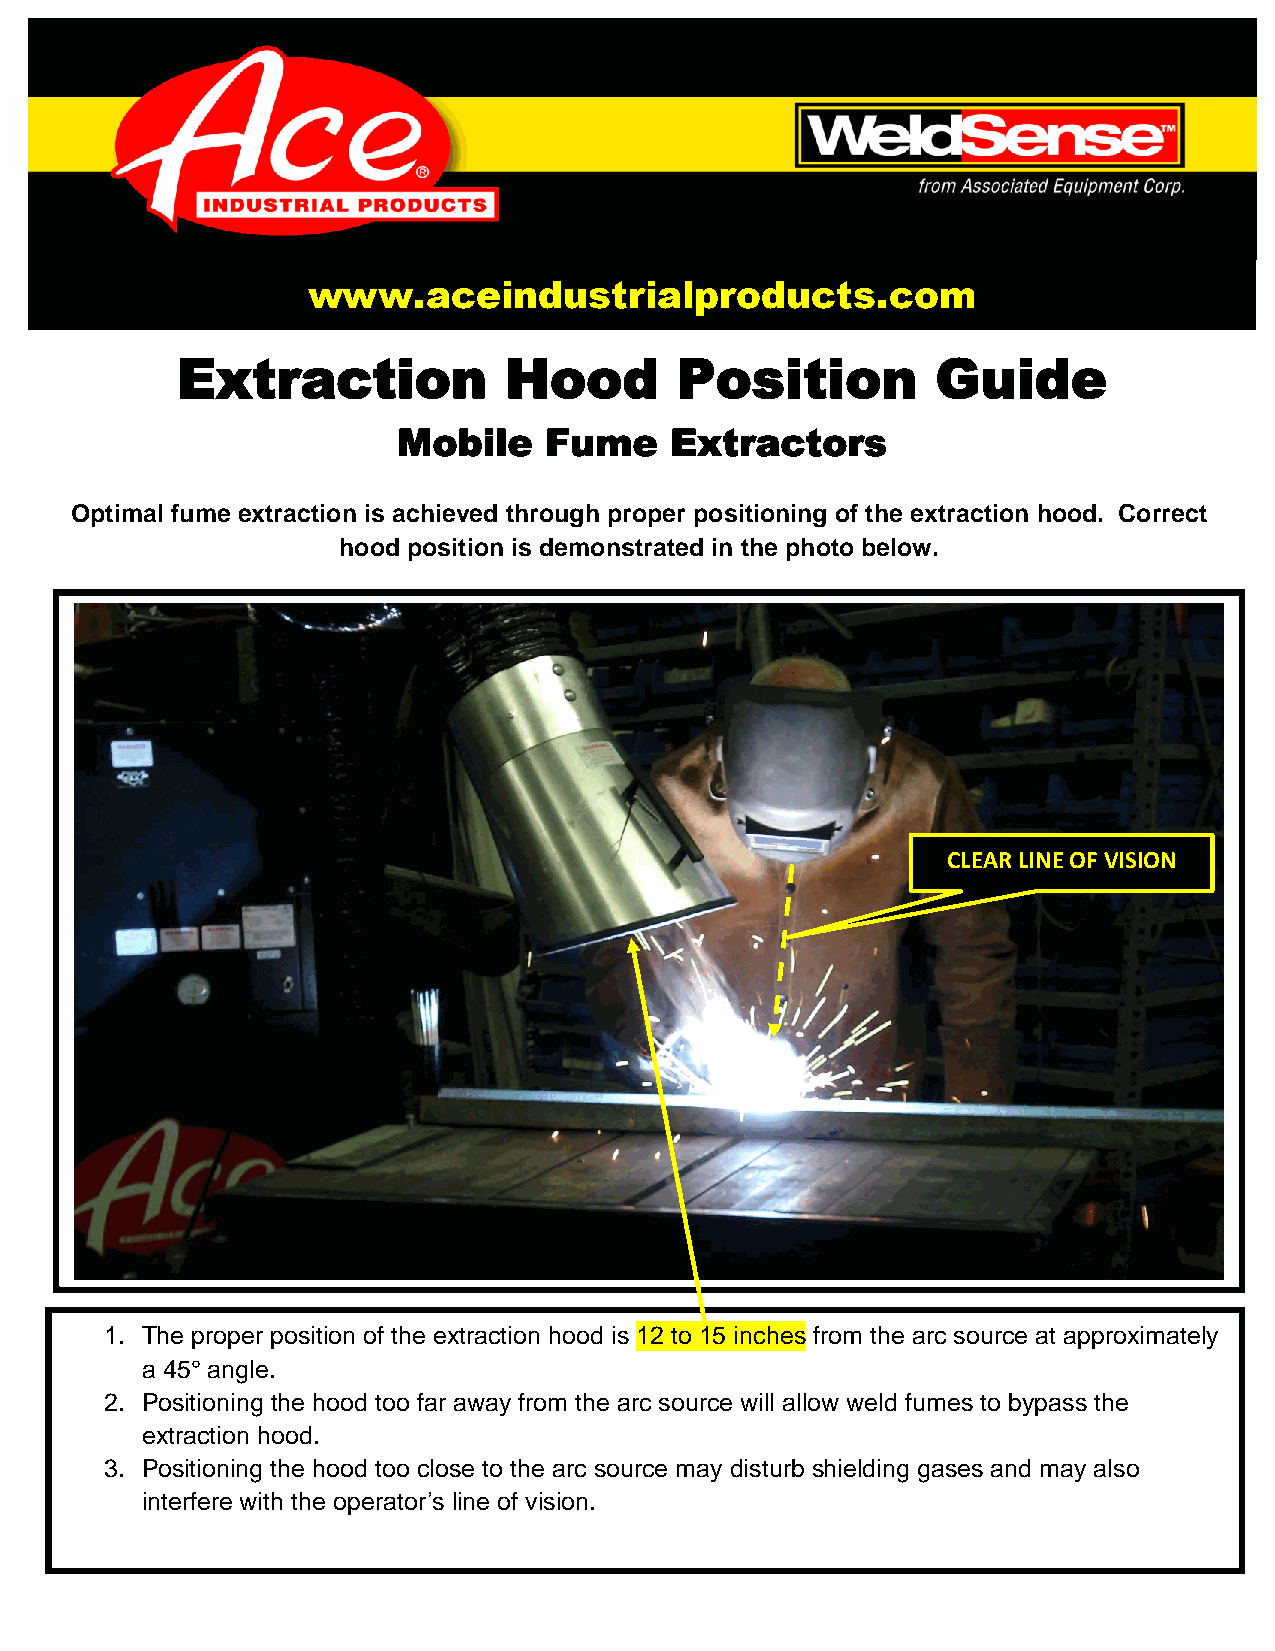
www.aceindustrialproducts.com
 Extraction           Hood        Position         Guide
 Mobile    Fume    Extractors
 Optimal fume extraction is achieved through proper positioning of the extraction hood. Correct
 hood position is demonstrated in the photo below.
 CLEAR LINE OF VISION
 1. The proper position of the extraction hood is 12 to 15 inches from the arc source at approximately
 a 45° angle.
 2. Positioning the hood too far away from the arc source will allow weld fumes to bypass the
 extraction hood.
 3. Positioning the hood too close to the arc source may disturb shielding gases and may also
 interfere with the operator’s line of vision.
 .